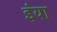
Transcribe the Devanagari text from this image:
इंया